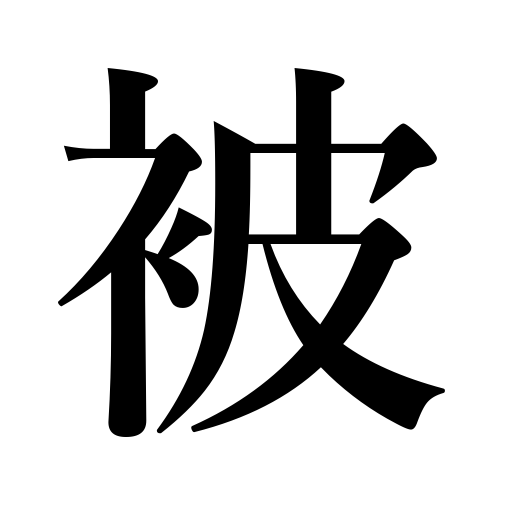
Meanings: be subjected to criticism,receiving,sustain an injury,receive,get